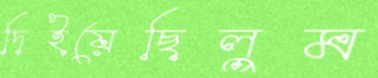
দিইয়েছিলুম